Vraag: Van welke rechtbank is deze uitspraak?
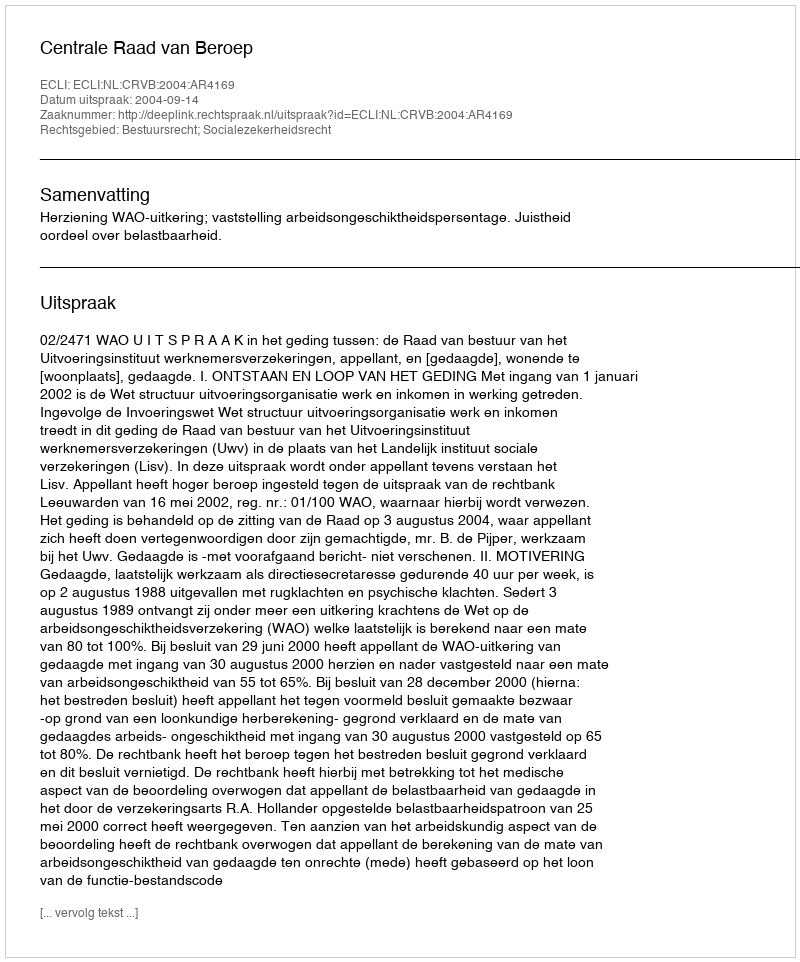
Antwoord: Centrale Raad van Beroep